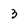
Character: 3